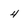
Character: 4